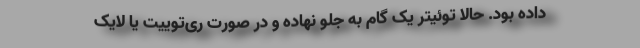
داده بود. حالا توئیتر یک گام به جلو نهاده و در صورت ری‌توییت یا لایک